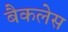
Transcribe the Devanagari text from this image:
बैकलेस